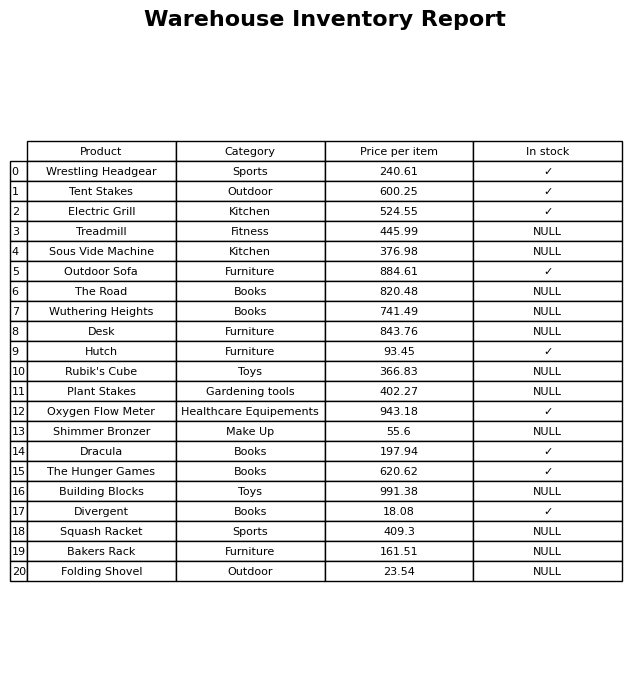
question: What is the price of the Squash Racket?
answer: The price of Squash Racket is 409.3.